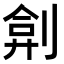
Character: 𠝢